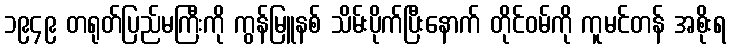
၁၉၄၉ တရုတ်ပြည်မကြီးကို ကွန်မြူနစ် သိမ်းပိုက်ပြီးနောက် တိုင်ဝမ်ကို ကူမင်တန် အစိုးရ